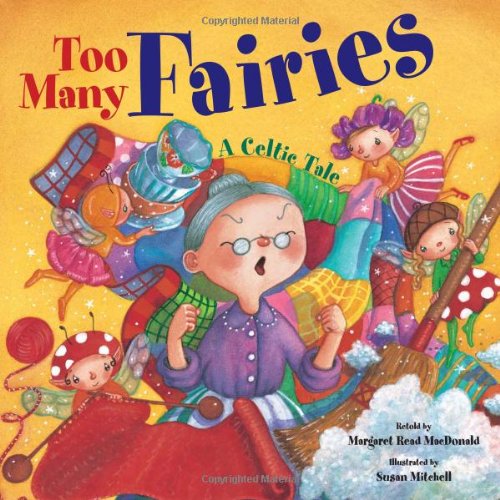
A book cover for Too Many Fairies: A Celtic Tale; Margaret Read MacDonald; Children's Books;